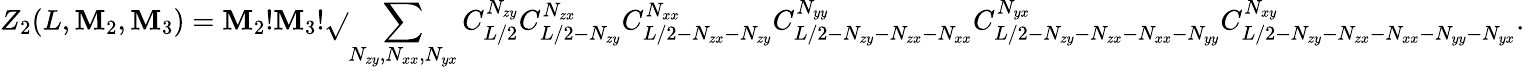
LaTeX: Z_{2}(L,\mathbf{M}_{2},\mathbf{M}_{3})=\mathbf{M}_{2}!\mathbf{M}_{3}!\sqrt{}{{\sum_{N_{zy},N_{xx},N_{yx}}C_{L/2}^{N_{zy}}C_{L/2-N_{zy}}^{N_{zx}}C_{L/2-N_{zx}-N_{zy}}^{N_{xx}}C_{L/2-N_{zy}-N_{zx}-N_{xx}}^{N_{yy}}C_{L/2-N_{zy}-N_{zx}-N_{xx}-N_{yy}}^{N_{yx}}C_{L/2-N_{zy}-N_{zx}-N_{xx}-N_{yy}-N_{yx}}^{N_{xy}}}}.